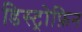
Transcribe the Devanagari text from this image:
डिस्ट्रोफ़िन